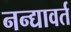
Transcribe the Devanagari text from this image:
नन्द्यावर्त